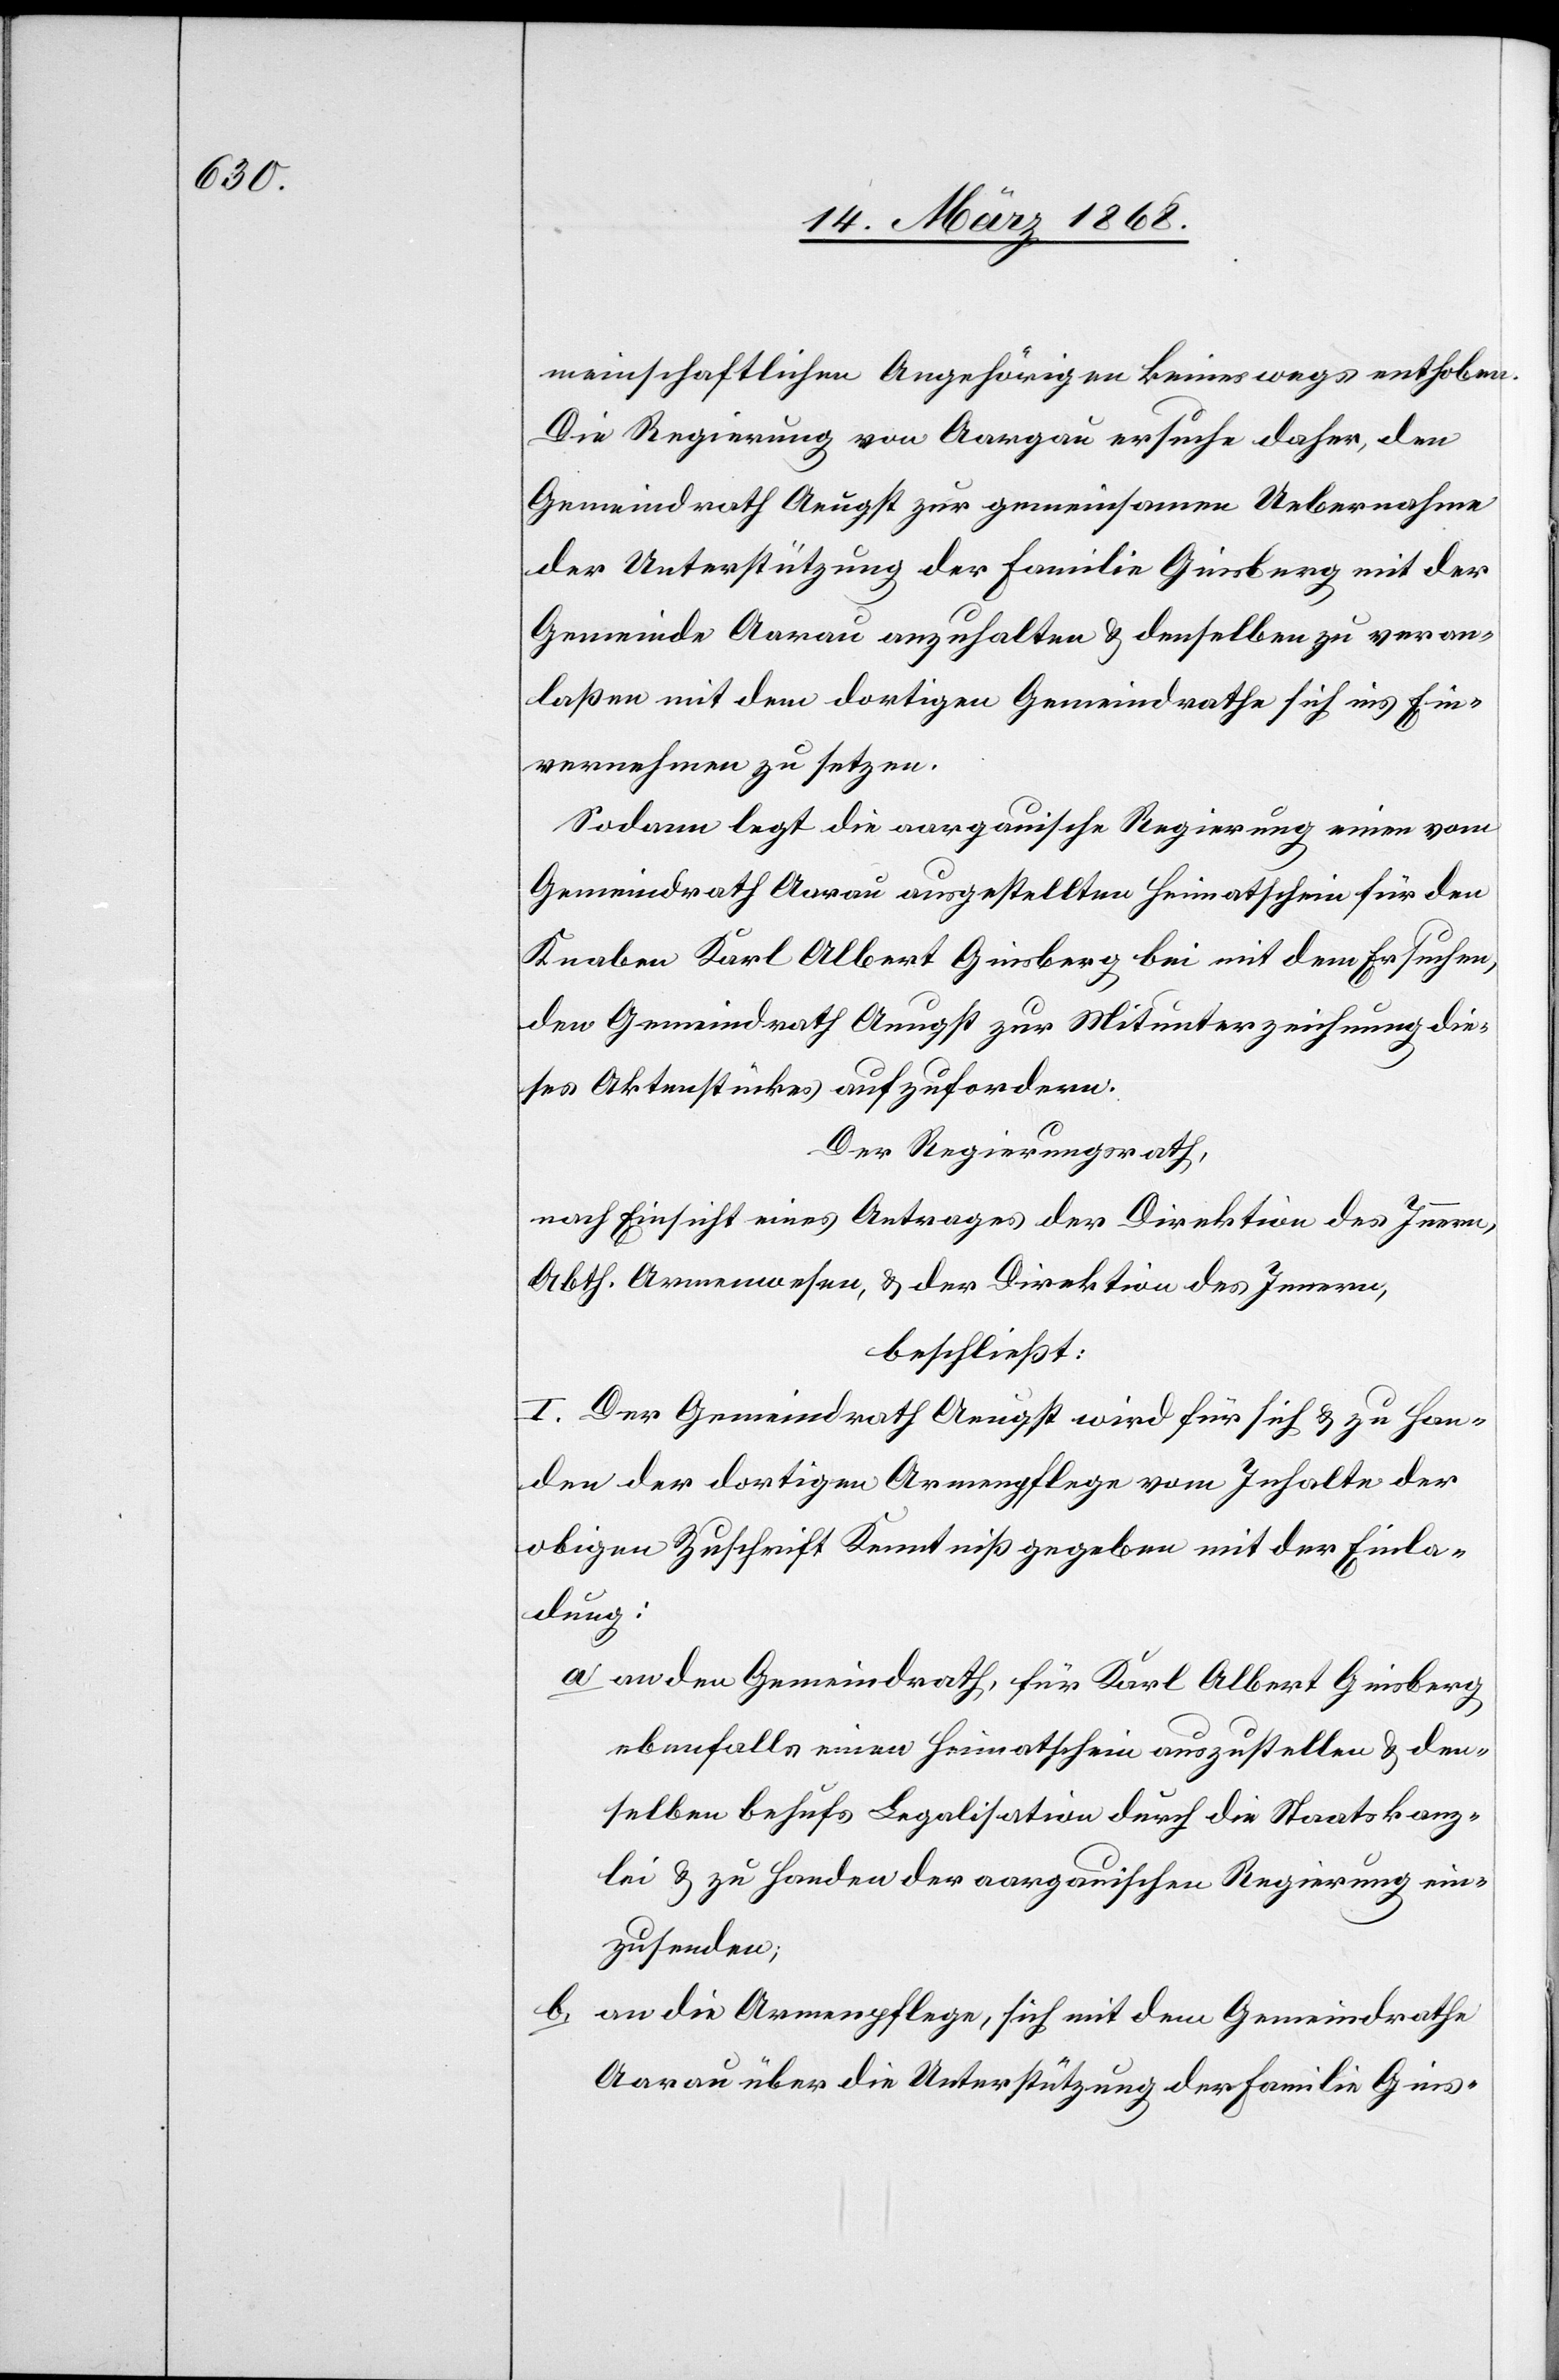
meinschaftlichen Angehörigen keineswegs enthoben
Die Regierung von Aargau ersuche daher, den
Gemeindrath Aeugst zur gemeinsamen Uebernahme
der Unterstützung der Familie Ginsberg mit der
Gemeinde Aarau anzuhalten & denselben zu veran¬
laßen mit dem dortigen Gemeindrathe sich ins Ein¬
vernehmen zu setzen.
Sodann legt die aargauische Regierung einen vom
Gemeindrath Aarau ausgestellten Heimatschein für den
Knaben Karl Albert Ginsberg bei mit dem Ersuchen,
den Gemeindrath Aeugst zur Mitunterzeichnung die¬
ses Aktenstückes aufzufordern.
Der Regierungsrath,
nach Einsicht eines Antrages der Direktion des Innern,
Abth. Armenwesen, & der Direktion des Innern,
beschließt:
[recte: Dem] Gemeindrath Aeugst wird für sich & zu Han¬
den der dortigen Armenpflege vom Inhalte der
obigen Zuschrift Kenntniß gegeben mit der Einla¬
dung:
an den Gemeindrath, für Karl Albert Ginsberg
ebenfalls einen Heimatschein auszustellen & den¬
selben behufs Legalisation durch die Staatskanz¬
lei & zu Handen der aargauischen Regierung ein¬
zusenden;
an die Armenpflege, sich mit dem Gemeindrathe
Aarau über die Unterstützung der Familie Gins-